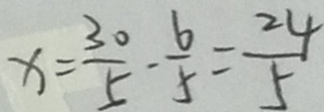
x = \frac { 3 0 } { 5 } - \frac { 6 } { 5 } = \frac { 2 4 } { 5 }